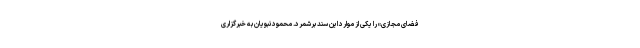
فضای مجازی» را یکی از موارد این سند برشمرد. محمود نبویان به خبرگزاری